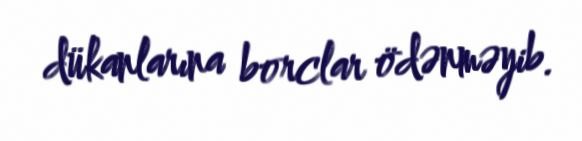
dükanlarına borclar ödənməyib.